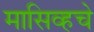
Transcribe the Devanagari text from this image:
मासिव्हचे